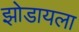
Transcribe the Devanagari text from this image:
झोडायला